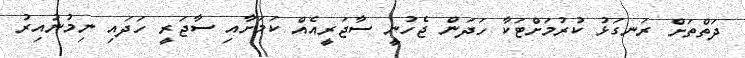
ދަތްތަށް ރަނގަޅު ކުރުމަށްޓަކާ ހަދަން ޖެހުނީ ސާޖަރީއެއް ކަމަށާއި ސާޖަރީ ހަދައި ނިމުނުއިރު